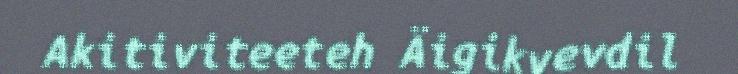
Akitiviteeteh Äigikyevdil